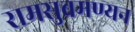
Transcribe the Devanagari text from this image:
रामसुब्रमण्यन